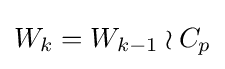
W_{k}=W_{k-1}\wr C_{p}